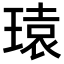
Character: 𪼄